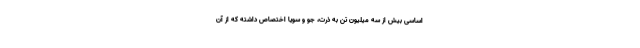
اساسی بیش از سه میلیون تن به ذرت، جو و سویا اختصاص داشته که از آن